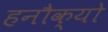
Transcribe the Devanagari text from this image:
हनौक्यो